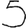
Digit: 5